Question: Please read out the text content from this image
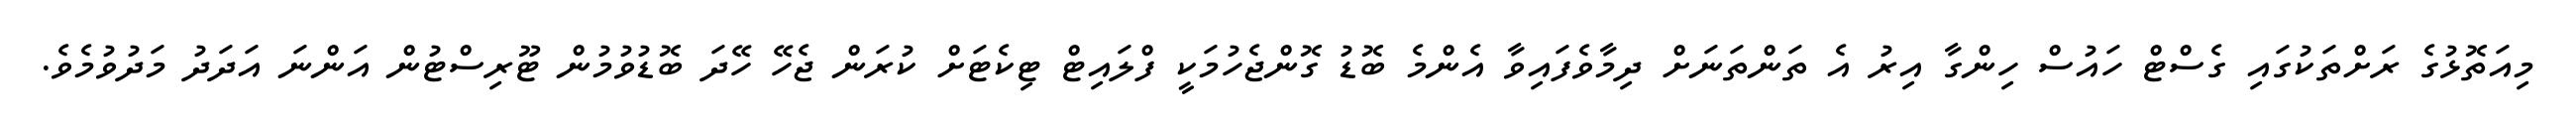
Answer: މިއަތޮޅުގެ ރަށްތަކުގައި ގެސްޓް ހައުސް ހިންގާ އިރު އެ ތަންތަނަށް ދިމާވެފައިވާ އެންމެ ބޮޑު ގޮންޖެހުމަކީ ފްލައިޓް ޓިކެޓަށް ކުރަން ޖެހޭ ހޭދަ ބޮޑުވުމުން ޓޫރިސްޓުން އަންނަ އަދަދު މަދުވުމެވެ.